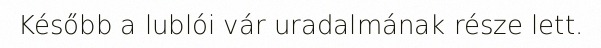
Később a lublói vár uradalmának része lett.